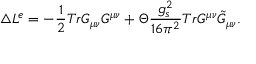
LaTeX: \triangle { \cal L } ^ { e } = - \frac { 1 } { 2 } T r G _ { \mu \nu } G ^ { \mu \nu } + \Theta \frac { g _ { s } ^ { 2 } } { 1 6 \pi ^ { 2 } } T r G ^ { \mu \nu } \tilde { G } _ { \mu \nu } .